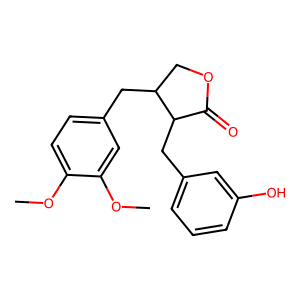
SMILES: COc1ccc(CC2COC(=O)C2Cc2cccc(O)c2)cc1OC
Inhibits HIV replication: No